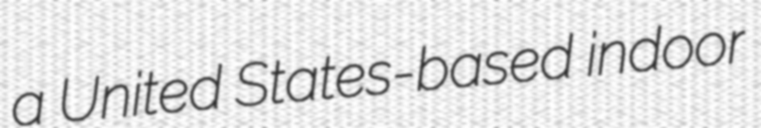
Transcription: a United States-based indoor